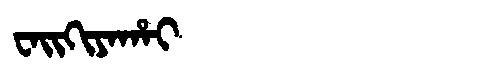
Manchu: ᠸᠠᡳᡴᡳᠶᠠᡥᠠᡳ
Romanization: WAIKIYAHAI